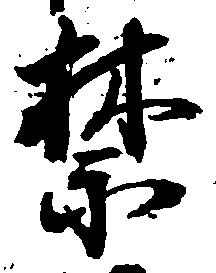
禁